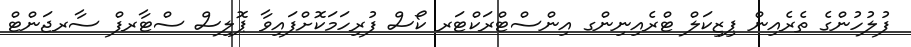
ފުލުހުންގެ ތެރެއިން ޕިޒިކަލް ޓްރެއިނިންގ އިންސްޓްރަކްޓަރ ކޯސް ފުރިހަމަކޮށްފައިވާ ޕޮލިސް ސްޓާރފް ސާރޖަންޓް